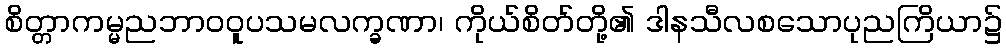
စိတ္တာကမ္မညဘာဝဝူပသမလက္ခဏာ၊ ကိုယ်စိတ်တို့၏ ဒါနသီလစသောပုညကြိယာ၌